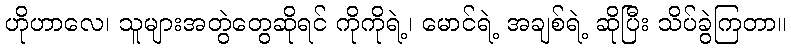
ဟိုဟာလေ၊ သူများအတွဲတွေဆိုရင် ကိုကိုရဲ့၊ မောင်ရဲ့ အချစ်ရဲ့ ဆိုပြီး သိပ်ခွဲကြတာ။